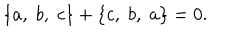
LaTeX: \{ a , \; b , \; c \} + \{ c , \; b , \; a \} = 0 .